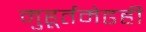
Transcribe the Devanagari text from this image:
मुहूर्तमेढही